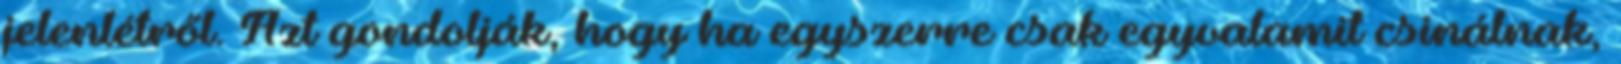
jelenlétről. Azt gondolják, hogy ha egyszerre csak egyvalamit csinálnak,